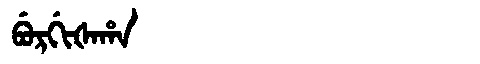
Manchu: ᠪᡠᡵᡤᡳᡧᠠᡥᠠ
Romanization: BURGIŠAHA